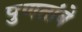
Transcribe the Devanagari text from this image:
पुणतांबे